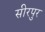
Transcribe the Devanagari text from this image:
सीरपुर